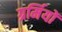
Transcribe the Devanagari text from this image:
ग्रर्मियों